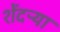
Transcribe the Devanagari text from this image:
शेंदऱ्या